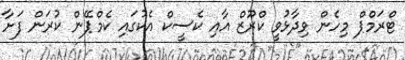
ޓްރަމްޕް މިހެން ވިދާޅުވީ ކްރޫޒް އާއި ކެސީކް އެކުގައި ކެމްޕޭން ކުރަން ފަށާ